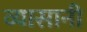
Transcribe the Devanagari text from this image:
व्यासानी